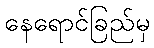
နေရောင်ခြည်မှ